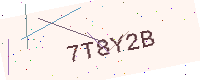
Text: 7T8Y2B